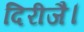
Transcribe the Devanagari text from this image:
दिरीजै।